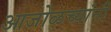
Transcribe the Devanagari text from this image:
आजोळच्यांनी